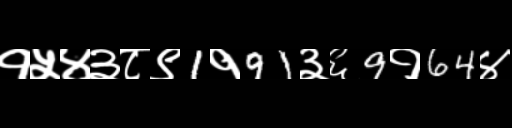
Text: १५४३८९1१91३६9१64४